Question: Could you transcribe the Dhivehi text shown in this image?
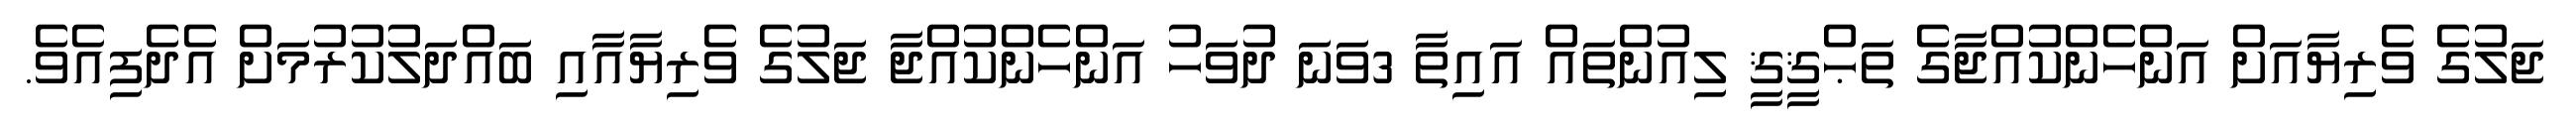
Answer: ޖަލުގެ ވެރިޔާއަށް އަންހެންކުއްޖާގެ ތަޙްޤީޤީ ލިއުންތައް އައިތާ 3ވަނަ ދުވަހު އަންހެންކުއްޖާ ޖަލުގެ ވެރިޔާއާއި ބައްދަލުކުރުމަށް އެދެފިއެވެ.